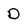
Character: D